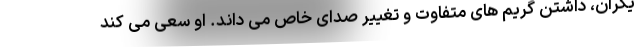
یگران، داشتن گریم های متفاوت و تغییر صدای خاص می داند. او سعی می کند